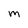
Character: m